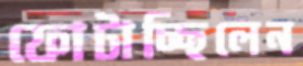
ফোটাচ্ছিলেন